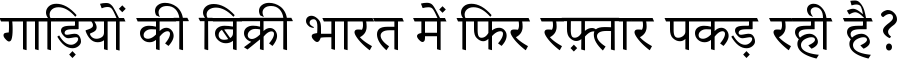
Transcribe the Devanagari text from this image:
गाड़ियों की बिक्री भारत में फिर रफ़्तार पकड़ रही है?